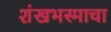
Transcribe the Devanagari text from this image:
शंखभस्माचा